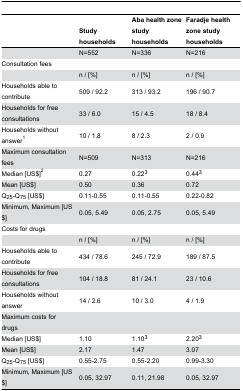
<table><thead><tr><td></td><td><b>Study households</b></td><td><b>Aba health zone study households</b></td><td><b>Faradje health zone study households</b></td></tr></thead><tbody><tr><td></td><td>N=552</td><td>N=336</td><td>N=216</td></tr><tr><td>Consultation fees</td><td></td><td></td><td></td></tr><tr><td></td><td>n / [%]</td><td>n / [%]</td><td>n / [%]</td></tr><tr><td> Households able to contribute</td><td>509 / 92.2</td><td>313 / 93.2</td><td>196 / 90.7</td></tr><tr><td> Households for free consultations</td><td>33 / 6.0</td><td>15 / 4.5</td><td>18 / 8.4</td></tr><tr><td> Households without answer<sup>1</sup></td><td>10 / 1.8</td><td>8 / 2.3</td><td>2 / 0.9</td></tr><tr><td>Maximum consultation fees</td><td>N=509</td><td>N=313</td><td>N=216</td></tr><tr><td> Median [US$]<sup>2</sup></td><td>0.27</td><td>0.22<sup>3</sup></td><td>0.44<sup>3</sup></td></tr><tr><td> Mean [US$]</td><td>0.50</td><td>0.36</td><td>0.72</td></tr><tr><td> Q<sub>25</sub>-Q<sub>75</sub> [US$]</td><td>0.11-0.55</td><td>0.11-0.55</td><td>0.22-0.82</td></tr><tr><td> Minimum, Maximum [US$]</td><td>0.05, 5.49</td><td>0.05, 2.75</td><td>0.05, 5.49</td></tr><tr><td>Costs for drugs</td><td></td><td></td><td></td></tr><tr><td></td><td>n / [%]</td><td>n / [%]</td><td>n / [%]</td></tr><tr><td> Households able to contribute</td><td>434 / 78.6</td><td>245 / 72.9</td><td>189 / 87.5</td></tr><tr><td> Households for free consultations</td><td>104 / 18.8</td><td>81 / 24.1</td><td>23 / 10.6</td></tr><tr><td> Households without answer</td><td>14 / 2.6</td><td>10 / 3.0</td><td>4 / 1.9</td></tr><tr><td>Maximum costs for drugs</td><td></td><td></td><td></td></tr><tr><td> Median [US$]</td><td>1.10</td><td>1.10<sup>3</sup></td><td>2.20<sup>3</sup></td></tr><tr><td> Mean [US$]</td><td>2.17</td><td>1.47</td><td>3.07</td></tr><tr><td> Q<sub>25</sub>-Q<sub>75</sub> [US$]</td><td>0.55-2.75</td><td>0.55-2.20</td><td>0.99-3.30</td></tr><tr><td> Minimum, Maximum [US$]</td><td>0.05, 32.97</td><td>0.11, 21.98</td><td>0.05, 32.97</td></tr></tbody></table>